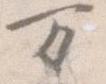
万